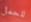
للحمل